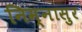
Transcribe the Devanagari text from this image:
निम्नासुर